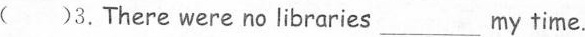
( )3.There were no libraries______ my time.